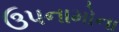
ઉપનામોના